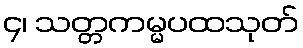
၄၊ သတ္တကမ္မပထသုတ်